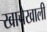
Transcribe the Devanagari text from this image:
खाचेखाली